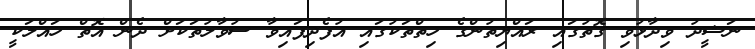
ނަޝީދު ވިދާޅުވި ގޮތުގައި ރައްޔިތުންގެ ހިތްތަކުގައި އުފެދިފައިވާ ސުވާލުތަކަށް ދެން އޮތް ހައްލަކީ